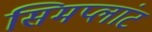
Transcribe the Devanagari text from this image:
सिमप्लांट